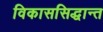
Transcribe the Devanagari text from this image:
विकाससिद्धान्त